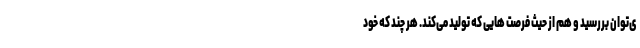
ی‌توان بررسید و هم از حیث فرصت هایی که تولید می‌کند. هر چند که خود